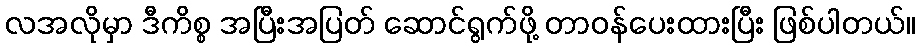
လအလိုမှာ ဒီကိစ္စ အပြီးအပြတ် ဆောင်ရွက်ဖို့ တာဝန်ပေးထားပြီး ဖြစ်ပါတယ်။